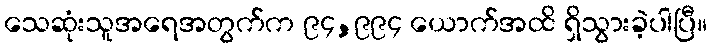
သေဆုံးသူအရေအတွက်က ၉၄,၉၉၄ ယောက်အထိ ရှိသွားခဲ့ပါပြီ။